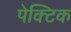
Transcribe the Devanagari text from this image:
पेक्टिक